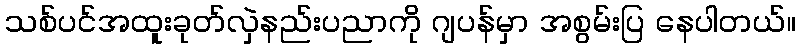
သစ်ပင်အထူးခုတ်လှဲနည်းပညာကို ဂျပန်မှာ အစွမ်းပြ နေပါတယ်။